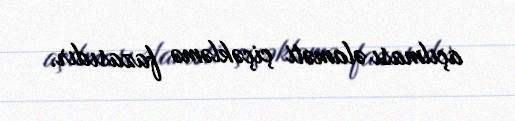
açılması əlaməti çiçəkləmə fazasıdır.